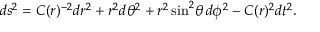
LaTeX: d s ^ { 2 } = C ( r ) ^ { - 2 } d r ^ { 2 } + r ^ { 2 } d \theta ^ { 2 } + r ^ { 2 } \sin ^ { 2 } \! \theta \, d \phi ^ { 2 } - C ( r ) ^ { 2 } d t ^ { 2 } .